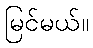
မြင်မယ်။